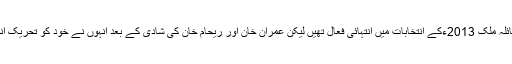
روزنامہ امت کے مطابق عائلہ ملک 2013ءکے انتخابات میں انتہائی فعال تھیں لیکن عمران خان اور ریحام خان کی شادی کے بعد انہوں نے خود کو تحریک انصاف سے الگ تھلگ کرلیا۔